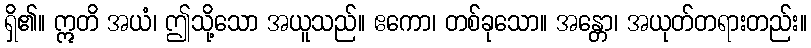
ရှိ၏။ ဣတိ အယံ၊ ဤသို့သော အယူသည်။ ဧကော၊ တစ်ခုသော။ အန္တော၊ အယုတ်တရားတည်း။